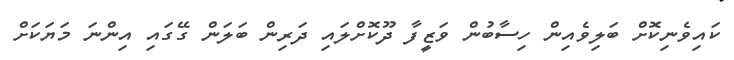
ކައިވެނިކޮށް ބަލިވެއިން ހިސާބުން ވަޒީފާ ދޫކޮށްލައި ދަރިން ބަލަން ގޭގައި އިންނަ މަޔަކަށް